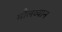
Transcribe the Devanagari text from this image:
मौलव्यान